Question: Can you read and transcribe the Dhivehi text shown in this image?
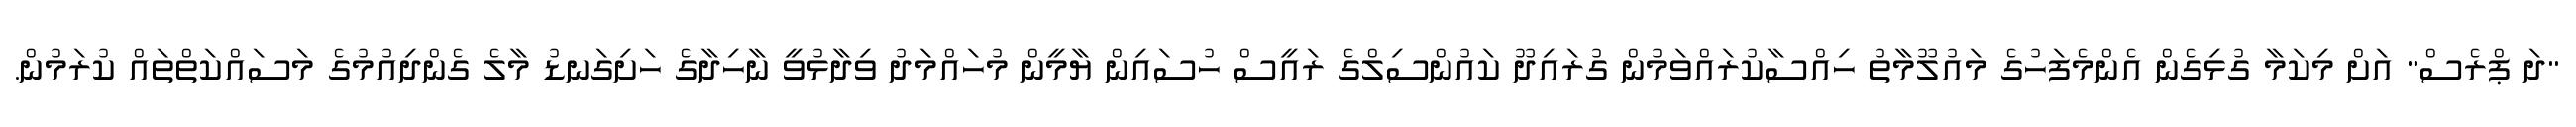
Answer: "ދަ ޕްރެސް" އަށް މިކަމާ ގުޅިގެން އެންމެފަހުގެ މައުލޫމާތު ހިއްސާކުރައްވަމުން ގުރައިދޫ ކައުންސިލްގެ ރައީސް ހުސައިން ޔާމީން މުހައްމަދު ވިދާޅުވީ ނާހިދާގެ ހަށިގަނޑު މާލެ ގެންދިއުމުގެ މަސައްކަތްތައް ކުރަމުން.